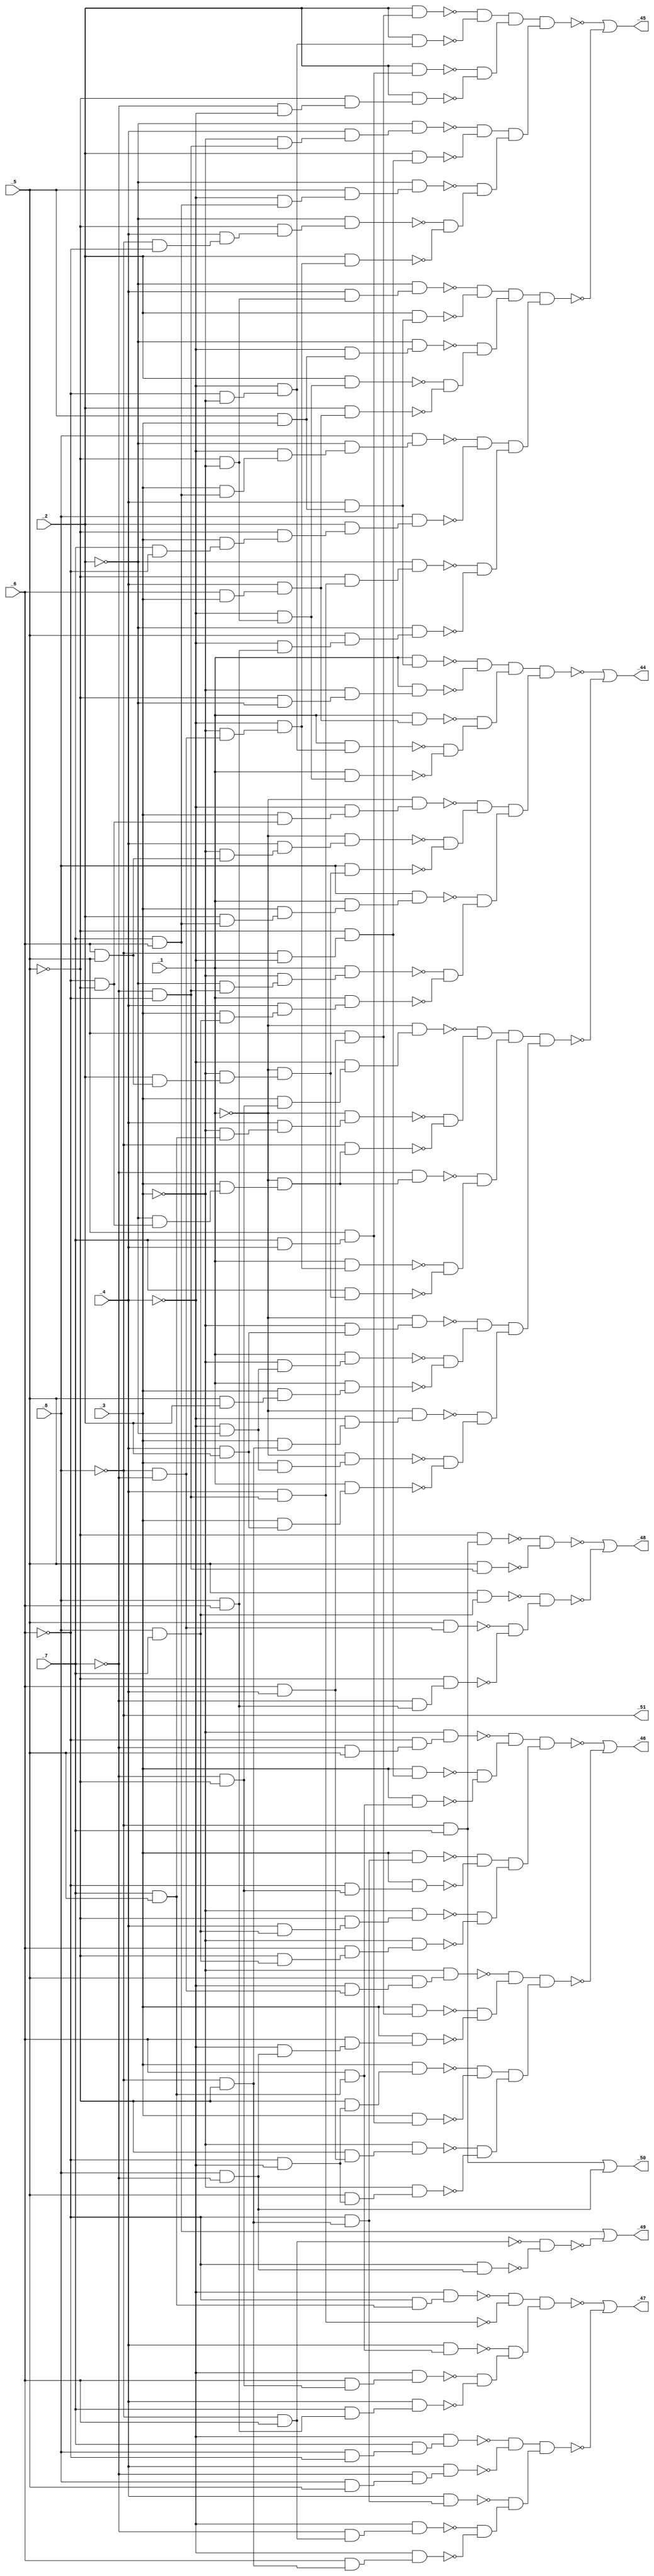
module top ( 
    _8, _7, _6, _5, _4, _3, _2, _1,
    _47, _48, _49, _44, _45, _46, _50, _51  );
  input  _8, _7, _6, _5, _4, _3, _2, _1;
  output _47, _48, _49, _44, _45, _46, _50, _51;
  wire new_n17_, new_n18_, new_n19_, new_n20_, new_n21_, new_n22_, new_n23_,
    new_n24_, new_n25_, new_n26_, new_n27_, new_n28_, new_n29_, new_n30_,
    new_n31_, new_n32_, new_n33_, new_n34_, new_n35_, new_n36_, new_n37_,
    new_n38_, new_n39_, new_n40_, new_n41_, new_n42_, new_n43_, new_n44_,
    new_n45_, new_n46_, new_n47_, new_n48_, new_n49_, new_n50_, new_n51_,
    new_n53_, new_n54_, new_n55_, new_n56_, new_n57_, new_n58_, new_n59_,
    new_n60_, new_n61_, new_n62_, new_n63_, new_n64_, new_n66_, new_n67_,
    new_n68_, new_n69_, new_n71_, new_n72_, new_n73_, new_n74_, new_n75_,
    new_n76_, new_n77_, new_n78_, new_n79_, new_n80_, new_n81_, new_n82_,
    new_n83_, new_n84_, new_n85_, new_n86_, new_n87_, new_n88_, new_n89_,
    new_n90_, new_n91_, new_n92_, new_n93_, new_n94_, new_n95_, new_n96_,
    new_n97_, new_n98_, new_n99_, new_n100_, new_n101_, new_n102_,
    new_n103_, new_n104_, new_n105_, new_n106_, new_n107_, new_n108_,
    new_n109_, new_n110_, new_n111_, new_n112_, new_n113_, new_n114_,
    new_n115_, new_n116_, new_n117_, new_n118_, new_n119_, new_n120_,
    new_n121_, new_n122_, new_n123_, new_n124_, new_n125_, new_n126_,
    new_n127_, new_n128_, new_n129_, new_n130_, new_n131_, new_n132_,
    new_n133_, new_n134_, new_n135_, new_n136_, new_n137_, new_n138_,
    new_n139_, new_n140_, new_n141_, new_n142_, new_n143_, new_n144_,
    new_n145_, new_n146_, new_n147_, new_n148_, new_n149_, new_n150_,
    new_n151_, new_n152_, new_n153_, new_n154_, new_n155_, new_n156_,
    new_n157_, new_n158_, new_n159_, new_n161_, new_n162_, new_n163_,
    new_n164_, new_n165_, new_n166_, new_n167_, new_n168_, new_n169_,
    new_n170_, new_n171_, new_n172_, new_n173_, new_n174_, new_n175_,
    new_n176_, new_n177_, new_n178_, new_n179_, new_n180_, new_n181_,
    new_n182_, new_n183_, new_n184_, new_n185_, new_n186_, new_n187_,
    new_n188_, new_n189_, new_n190_, new_n191_, new_n192_, new_n193_,
    new_n194_, new_n195_, new_n196_, new_n197_, new_n198_, new_n199_,
    new_n200_, new_n201_, new_n202_, new_n203_, new_n204_, new_n205_,
    new_n206_, new_n207_, new_n208_, new_n209_, new_n210_, new_n211_,
    new_n212_, new_n213_, new_n214_, new_n215_, new_n216_, new_n217_,
    new_n218_, new_n219_, new_n220_, new_n221_, new_n223_, new_n224_,
    new_n225_, new_n226_, new_n227_, new_n228_, new_n229_, new_n230_,
    new_n231_, new_n232_, new_n233_, new_n234_, new_n235_, new_n236_,
    new_n237_, new_n238_, new_n239_, new_n240_, new_n241_, new_n242_,
    new_n243_, new_n244_, new_n245_, new_n246_, new_n247_, new_n248_,
    new_n249_, new_n250_, new_n251_, new_n252_, new_n253_, new_n254_,
    new_n255_, new_n256_, new_n257_, new_n258_, new_n259_, new_n260_,
    new_n261_, new_n262_, new_n263_;
  assign new_n17_ = ~_7 & ~_5;
  assign new_n18_ = _6 & new_n17_;
  assign new_n19_ = ~_4 & new_n18_;
  assign new_n20_ = _8 & _6;
  assign new_n21_ = _7 & new_n20_;
  assign new_n22_ = _4 & new_n21_;
  assign new_n23_ = _7 & _5;
  assign new_n24_ = _6 & new_n23_;
  assign new_n25_ = _4 & new_n24_;
  assign new_n26_ = ~_6 & new_n23_;
  assign new_n27_ = ~_4 & new_n26_;
  assign new_n28_ = ~_7 & ~_6;
  assign new_n29_ = _4 & new_n28_;
  assign new_n30_ = ~_8 & _6;
  assign new_n31_ = ~_7 & new_n30_;
  assign new_n32_ = ~_4 & new_n31_;
  assign new_n33_ = ~_8 & ~_5;
  assign new_n34_ = _6 & new_n33_;
  assign new_n35_ = ~_4 & new_n34_;
  assign new_n36_ = ~_6 & new_n33_;
  assign new_n37_ = _4 & new_n36_;
  assign new_n38_ = _8 & ~_6;
  assign new_n39_ = _7 & new_n38_;
  assign new_n40_ = ~_4 & new_n39_;
  assign new_n41_ = _8 & _5;
  assign new_n42_ = ~_7 & new_n41_;
  assign new_n43_ = _4 & new_n42_;
  assign new_n44_ = ~new_n27_ & ~new_n29_;
  assign new_n45_ = ~new_n19_ & ~new_n22_;
  assign new_n46_ = ~new_n25_ & new_n45_;
  assign new_n47_ = new_n44_ & new_n46_;
  assign new_n48_ = ~new_n40_ & ~new_n43_;
  assign new_n49_ = ~new_n32_ & ~new_n35_;
  assign new_n50_ = ~new_n37_ & new_n49_;
  assign new_n51_ = new_n48_ & new_n50_;
  assign _47 = ~new_n47_ | ~new_n51_;
  assign new_n53_ = ~_8 & ~_7;
  assign new_n54_ = _5 & new_n53_;
  assign new_n55_ = ~_7 & new_n20_;
  assign new_n56_ = ~_5 & new_n55_;
  assign new_n57_ = _8 & _7;
  assign new_n58_ = _5 & new_n57_;
  assign new_n59_ = ~_8 & _7;
  assign new_n60_ = ~_5 & new_n59_;
  assign new_n61_ = _5 & new_n28_;
  assign new_n62_ = ~new_n60_ & ~new_n61_;
  assign new_n63_ = ~new_n54_ & ~new_n56_;
  assign new_n64_ = ~new_n58_ & new_n63_;
  assign _48 = ~new_n62_ | ~new_n64_;
  assign new_n66_ = _8 & ~_7;
  assign new_n67_ = ~_6 & new_n66_;
  assign new_n68_ = _7 & _6;
  assign new_n69_ = ~new_n30_ & ~new_n67_;
  assign _49 = new_n68_ | ~new_n69_;
  assign new_n71_ = ~_4 & ~_2;
  assign new_n72_ = ~_3 & new_n71_;
  assign new_n73_ = _1 & new_n72_;
  assign new_n74_ = _5 & _2;
  assign new_n75_ = _3 & new_n74_;
  assign new_n76_ = _1 & new_n75_;
  assign new_n77_ = _4 & _2;
  assign new_n78_ = ~_3 & new_n77_;
  assign new_n79_ = ~_1 & new_n78_;
  assign new_n80_ = _3 & new_n71_;
  assign new_n81_ = ~_1 & new_n80_;
  assign new_n82_ = _3 & new_n77_;
  assign new_n83_ = _1 & new_n82_;
  assign new_n84_ = _3 & new_n33_;
  assign new_n85_ = ~_4 & new_n84_;
  assign new_n86_ = ~_1 & new_n85_;
  assign new_n87_ = ~_3 & new_n53_;
  assign new_n88_ = ~_4 & new_n87_;
  assign new_n89_ = _1 & new_n88_;
  assign new_n90_ = _6 & _5;
  assign new_n91_ = _2 & new_n90_;
  assign new_n92_ = ~_3 & new_n91_;
  assign new_n93_ = ~_1 & new_n92_;
  assign new_n94_ = _7 & new_n93_;
  assign new_n95_ = ~_6 & ~_5;
  assign new_n96_ = ~_2 & new_n95_;
  assign new_n97_ = _3 & new_n96_;
  assign new_n98_ = ~_1 & new_n97_;
  assign new_n99_ = ~_7 & new_n98_;
  assign new_n100_ = ~_3 & new_n23_;
  assign new_n101_ = _4 & new_n100_;
  assign new_n102_ = ~_1 & new_n101_;
  assign new_n103_ = ~_8 & new_n98_;
  assign new_n104_ = _3 & new_n17_;
  assign new_n105_ = ~_4 & new_n104_;
  assign new_n106_ = ~_1 & new_n105_;
  assign new_n107_ = ~_2 & new_n28_;
  assign new_n108_ = ~_3 & new_n107_;
  assign new_n109_ = _1 & new_n108_;
  assign new_n110_ = _3 & new_n57_;
  assign new_n111_ = _4 & new_n110_;
  assign new_n112_ = _1 & new_n111_;
  assign new_n113_ = _2 & new_n68_;
  assign new_n114_ = _3 & new_n113_;
  assign new_n115_ = _1 & new_n114_;
  assign new_n116_ = _8 & new_n115_;
  assign new_n117_ = ~_3 & new_n90_;
  assign new_n118_ = _4 & new_n117_;
  assign new_n119_ = ~_1 & new_n118_;
  assign new_n120_ = _8 & new_n93_;
  assign new_n121_ = _3 & new_n95_;
  assign new_n122_ = ~_4 & new_n121_;
  assign new_n123_ = ~_1 & new_n122_;
  assign new_n124_ = ~_6 & ~_3;
  assign new_n125_ = ~_4 & new_n124_;
  assign new_n126_ = _1 & new_n125_;
  assign new_n127_ = ~_5 & ~_3;
  assign new_n128_ = ~_4 & new_n127_;
  assign new_n129_ = _1 & new_n128_;
  assign new_n130_ = _6 & _3;
  assign new_n131_ = _4 & new_n130_;
  assign new_n132_ = _1 & new_n131_;
  assign new_n133_ = _5 & _3;
  assign new_n134_ = _4 & new_n133_;
  assign new_n135_ = _1 & new_n134_;
  assign new_n136_ = ~_5 & ~_2;
  assign new_n137_ = ~_3 & new_n136_;
  assign new_n138_ = _1 & new_n137_;
  assign new_n139_ = ~new_n135_ & ~new_n138_;
  assign new_n140_ = ~new_n126_ & ~new_n129_;
  assign new_n141_ = ~new_n132_ & new_n140_;
  assign new_n142_ = new_n139_ & new_n141_;
  assign new_n143_ = ~new_n119_ & ~new_n120_;
  assign new_n144_ = ~new_n123_ & new_n143_;
  assign new_n145_ = ~new_n109_ & ~new_n112_;
  assign new_n146_ = ~new_n116_ & new_n145_;
  assign new_n147_ = new_n144_ & new_n146_;
  assign new_n148_ = new_n142_ & new_n147_;
  assign new_n149_ = ~new_n102_ & ~new_n103_;
  assign new_n150_ = ~new_n106_ & new_n149_;
  assign new_n151_ = ~new_n89_ & ~new_n94_;
  assign new_n152_ = ~new_n99_ & new_n151_;
  assign new_n153_ = new_n150_ & new_n152_;
  assign new_n154_ = ~new_n73_ & ~new_n76_;
  assign new_n155_ = ~new_n79_ & new_n154_;
  assign new_n156_ = ~new_n81_ & ~new_n83_;
  assign new_n157_ = ~new_n86_ & new_n156_;
  assign new_n158_ = new_n155_ & new_n157_;
  assign new_n159_ = new_n153_ & new_n158_;
  assign _44 = ~new_n148_ | ~new_n159_;
  assign new_n161_ = _2 & new_n128_;
  assign new_n162_ = _2 & new_n131_;
  assign new_n163_ = ~_4 & new_n133_;
  assign new_n164_ = ~_2 & new_n163_;
  assign new_n165_ = _4 & new_n127_;
  assign new_n166_ = ~_2 & new_n165_;
  assign new_n167_ = _2 & new_n134_;
  assign new_n168_ = _3 & new_n68_;
  assign new_n169_ = ~_4 & new_n168_;
  assign new_n170_ = ~_2 & new_n169_;
  assign new_n171_ = _8 & new_n170_;
  assign new_n172_ = _7 & ~_6;
  assign new_n173_ = _3 & new_n172_;
  assign new_n174_ = ~_5 & new_n173_;
  assign new_n175_ = _2 & new_n174_;
  assign new_n176_ = _8 & new_n175_;
  assign new_n177_ = ~_5 & new_n29_;
  assign new_n178_ = ~_2 & new_n177_;
  assign new_n179_ = ~_4 & new_n20_;
  assign new_n180_ = _5 & new_n179_;
  assign new_n181_ = ~_2 & new_n180_;
  assign new_n182_ = ~_8 & ~_6;
  assign new_n183_ = _4 & new_n182_;
  assign new_n184_ = ~_5 & new_n183_;
  assign new_n185_ = ~_2 & new_n184_;
  assign new_n186_ = _2 & new_n88_;
  assign new_n187_ = ~_4 & new_n68_;
  assign new_n188_ = _5 & new_n187_;
  assign new_n189_ = ~_2 & new_n188_;
  assign new_n190_ = ~_3 & new_n28_;
  assign new_n191_ = _4 & new_n190_;
  assign new_n192_ = ~_2 & new_n191_;
  assign new_n193_ = ~_8 & ~_4;
  assign new_n194_ = ~_5 & new_n193_;
  assign new_n195_ = _2 & new_n194_;
  assign new_n196_ = _7 & _4;
  assign new_n197_ = _5 & new_n196_;
  assign new_n198_ = _2 & new_n197_;
  assign new_n199_ = ~_7 & ~_4;
  assign new_n200_ = ~_5 & new_n199_;
  assign new_n201_ = _2 & new_n200_;
  assign new_n202_ = _6 & _4;
  assign new_n203_ = _5 & new_n202_;
  assign new_n204_ = _2 & new_n203_;
  assign new_n205_ = _2 & new_n125_;
  assign new_n206_ = ~new_n204_ & ~new_n205_;
  assign new_n207_ = ~new_n198_ & ~new_n201_;
  assign new_n208_ = new_n206_ & new_n207_;
  assign new_n209_ = ~new_n192_ & ~new_n195_;
  assign new_n210_ = ~new_n185_ & ~new_n186_;
  assign new_n211_ = ~new_n189_ & new_n210_;
  assign new_n212_ = new_n209_ & new_n211_;
  assign new_n213_ = new_n208_ & new_n212_;
  assign new_n214_ = ~new_n166_ & ~new_n167_;
  assign new_n215_ = ~new_n161_ & ~new_n162_;
  assign new_n216_ = ~new_n164_ & new_n215_;
  assign new_n217_ = new_n214_ & new_n216_;
  assign new_n218_ = ~new_n171_ & ~new_n176_;
  assign new_n219_ = ~new_n178_ & ~new_n181_;
  assign new_n220_ = new_n218_ & new_n219_;
  assign new_n221_ = new_n217_ & new_n220_;
  assign _45 = ~new_n213_ | ~new_n221_;
  assign new_n223_ = ~_6 & ~_4;
  assign new_n224_ = ~_5 & new_n223_;
  assign new_n225_ = _3 & new_n224_;
  assign new_n226_ = _3 & new_n197_;
  assign new_n227_ = ~_5 & new_n202_;
  assign new_n228_ = ~_3 & new_n227_;
  assign new_n229_ = _5 & new_n223_;
  assign new_n230_ = ~_3 & new_n229_;
  assign new_n231_ = _3 & new_n203_;
  assign new_n232_ = ~_4 & new_n66_;
  assign new_n233_ = _6 & new_n232_;
  assign new_n234_ = _3 & new_n233_;
  assign new_n235_ = ~_4 & new_n53_;
  assign new_n236_ = _5 & new_n235_;
  assign new_n237_ = ~_3 & new_n236_;
  assign new_n238_ = _4 & new_n57_;
  assign new_n239_ = ~_5 & new_n238_;
  assign new_n240_ = ~_3 & new_n239_;
  assign new_n241_ = ~_5 & new_n57_;
  assign new_n242_ = _6 & new_n241_;
  assign new_n243_ = ~_3 & new_n242_;
  assign new_n244_ = _3 & new_n36_;
  assign new_n245_ = ~_6 & new_n17_;
  assign new_n246_ = _3 & new_n245_;
  assign new_n247_ = _3 & new_n194_;
  assign new_n248_ = _3 & new_n24_;
  assign new_n249_ = ~_7 & _5;
  assign new_n250_ = ~_6 & new_n249_;
  assign new_n251_ = ~_3 & new_n250_;
  assign new_n252_ = ~new_n247_ & ~new_n248_;
  assign new_n253_ = ~new_n251_ & new_n252_;
  assign new_n254_ = ~new_n244_ & ~new_n246_;
  assign new_n255_ = ~new_n240_ & ~new_n243_;
  assign new_n256_ = new_n254_ & new_n255_;
  assign new_n257_ = new_n253_ & new_n256_;
  assign new_n258_ = ~new_n231_ & ~new_n234_;
  assign new_n259_ = ~new_n237_ & new_n258_;
  assign new_n260_ = ~new_n225_ & ~new_n226_;
  assign new_n261_ = ~new_n228_ & ~new_n230_;
  assign new_n262_ = new_n260_ & new_n261_;
  assign new_n263_ = new_n259_ & new_n262_;
  assign _46 = ~new_n257_ | ~new_n263_;
  assign _50 = new_n59_ | new_n66_;
  assign _51 = ~_8;
endmodule